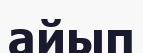
айып